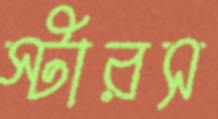
স্টারস